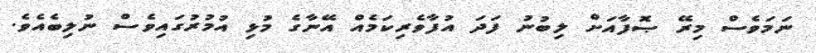
ނަމަވެސް މިރޭ ޞޮފާއަށް ލިބުނު ފަދަ އުފާވެރިކަމެއް އޭނާގެ މުޅި އުމުރުގައިވެސް ނުލިބެއެވެ.